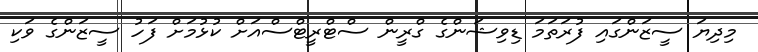
މިދިޔަ ސީޒަންގައި ފުރަތަމަ ޑިވިޝަންގެ ގްރީން ސްޓްރީޓްސްއަށް ކުޅުމަށް ފަހު ސީޒަންގެ ވަކި